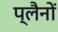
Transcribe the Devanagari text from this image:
प्लैनों